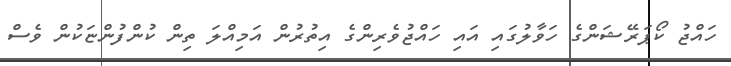
ހައްޖު ކޯޕަރޭޝަންގެ ހަވާލުގައި އައި ހައްޖުވެރިންގެ އިތުރުން އަމިއްލަ ތިން ކުންފުންޏަކުން ވެސް